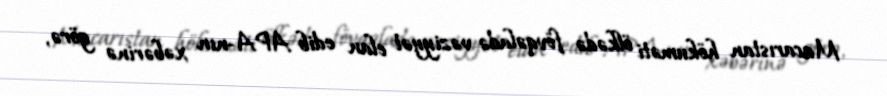
Macarıstan hökuməti ölkədə fövqəladə vəziyyət elan edib APA-nın xəbərinə görə,